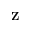
\mathbf { Z }